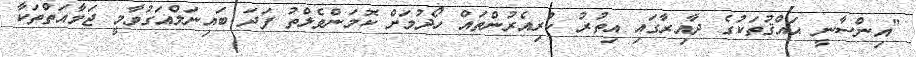
"އިންސާނީ ޙައްޤުތަކުގެ ދާއިރާގައި އިތުރު ކުރިއެރުންތައް ހޯދުމަށް ކޮމަންވެލްތު ފަދަ ބައިނަލްއަގުވާމީ ޖަމާއަތްތަކާ